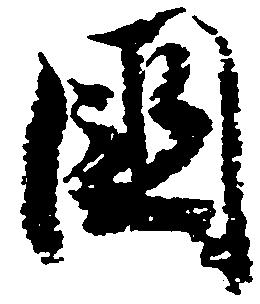
国